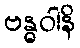
ဗန္ဓဝါနိ